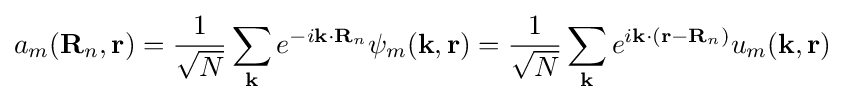
a_{m}(\mathbf {R} _{n},\mathbf {r} )={\frac {1}{\sqrt {N}}}\sum _{\mathbf {k} }{e^{-i\mathbf {k} \cdot \mathbf {R} _{n}}\psi _{m}(\mathbf {k} ,\mathbf {r} )}={\frac {1}{\sqrt {N}}}\sum _{\mathbf {k} }{e^{i\mathbf {k} \cdot (\mathbf {r} -\mathbf {R} _{n})}u_{m}(\mathbf {k} ,\mathbf {r} )}